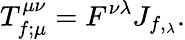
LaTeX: T_{f;\mu}^{\mu\nu}=F^{\nu\lambda}J_{f,_{\lambda}}.